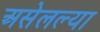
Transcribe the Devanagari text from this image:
असेलल्या